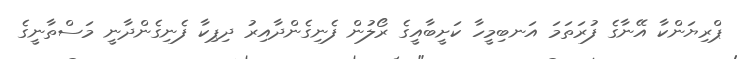
ޕްރިޔަންކާ އޭނާގެ ފުރަތަމަ އަނބިމީހާ ކަށީބާއީގެ ރޯލުން ފެނިގެންދާއިރު ދިޕިކާ ފެނިގެންދާނީ މަސްތާނީގެ